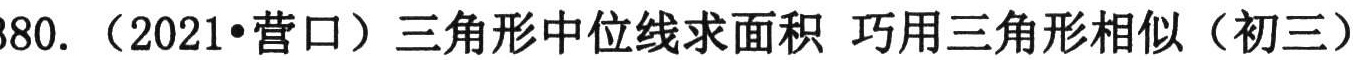
380. （2021•营口）三角形中位线求面积 巧用三角形相似（初三）